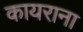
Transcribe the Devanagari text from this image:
कायराना